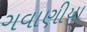
ગવાણીયા